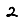
Digit: 2